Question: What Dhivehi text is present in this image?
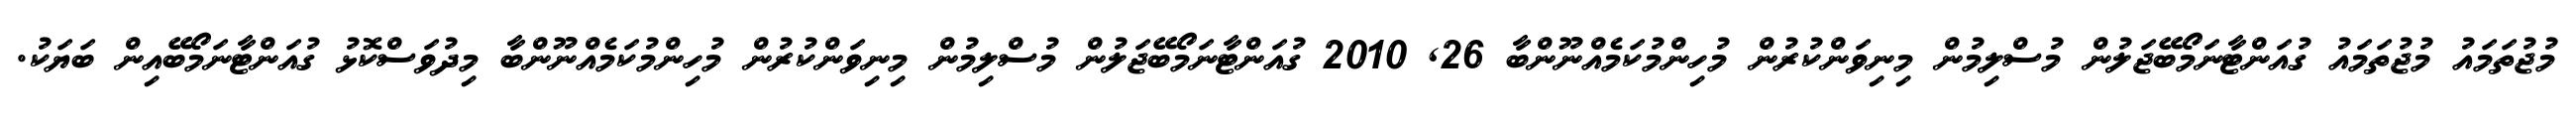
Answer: މުޖުތަމައު މުޖުތަމައު ގުއަންޓާނަމޯބޭޖަލުން މުސްލިމުން މިނިވަންކުރުން މުހިންމުކަމެއްނޫންބާ 26, 2010 ގުއަންޓާނަމޯބޭޖަލުން މުސްލިމުން މިނިވަންކުރުން މުހިންމުކަމެއްނޫންބާ މިދުވަސްކޮޅު ގުއަންޓާނަމޯބޭއިން ބަޔަކު.